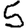
Digit: 5